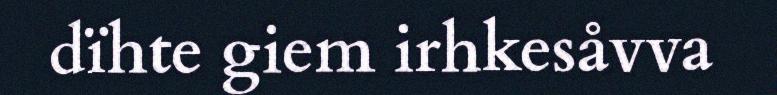
dïhte giem irhkesåvva